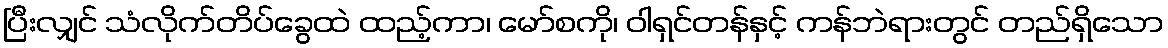
ပြီးလျှင် သံလိုက်တိပ်ခွေထဲ ထည့်ကာ၊ မော်စကို၊ ဝါရှင်တန်နှင့် ကန်ဘဲရားတွင် တည်ရှိသော